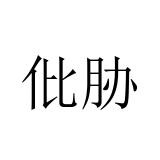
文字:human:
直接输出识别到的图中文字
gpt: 仳胁